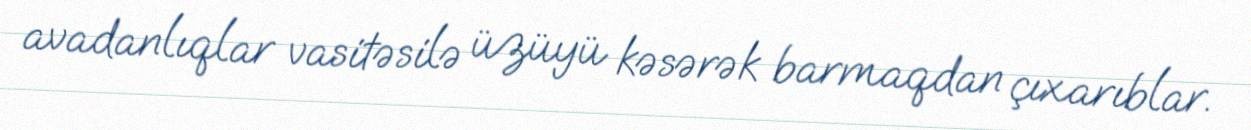
avadanlıqlar vasitəsilə üzüyü kəsərək barmaqdan çıxarıblar.